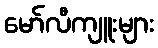
မော်လီကျူးများ